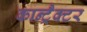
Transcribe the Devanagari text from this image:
कान्ट्रैक्टर